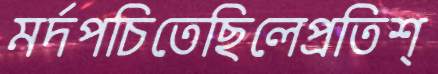
মর্দপচিতেছিলেপ্রতিশ্